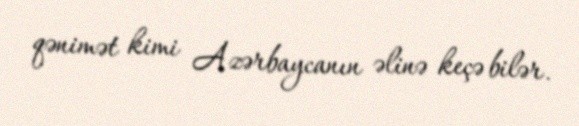
qənimət kimi Azərbaycanın əlinə keçə bilər.